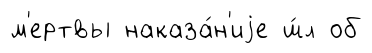
м'ертвы наказа́н'иjе ш́л об